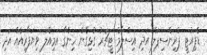
ޑެޕިއުޓީ ޕްރިންސިޕަލް އަދި އިސްލާމް ޓީޗަރު ގުޅިގެން ހިންގާ އަމިއްލަ ވިޔަފާރިއެއް އަދި